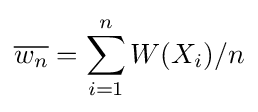
{\overline {w_{n}}}=\sum _{i=1}^{n}W(X_{i})/n